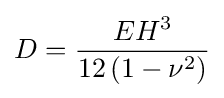
D={\frac {EH^{3}}{12\left(1-\nu ^{2}\right)}}